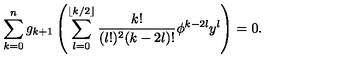
\sum _ { k = 0 } ^ { n } g _ { k + 1 } \left( \sum _ { l = 0 } ^ { \lfloor k / 2 \rfloor } \frac { k ! } { ( l ! ) ^ { 2 } ( k - 2 l ) ! } \phi ^ { k - 2 l } y ^ { l } \right) = 0 .